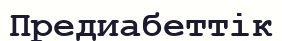
Предиабеттік